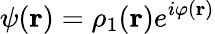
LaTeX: \psi(\mathbf{r})=\rho_{1}(\mathbf{r})e^{i\varphi(\mathbf{r})}